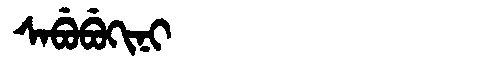
Manchu: ᠰᠠᠪᡠᠪᡠᡴᡳᠨᡳ
Romanization: SABUBUKINI